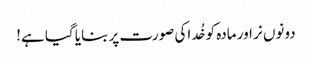
دونوں نر اور مادہ کو خُد اکی صورت پر بنایا گیا ہے!